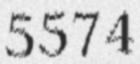
5574